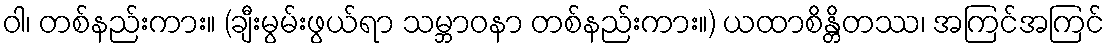
ဝါ၊ တစ်နည်းကား။ (ချီးမွမ်းဖွယ်ရာ သမ္ဘာဝနာ တစ်နည်းကား။) ယထာစိန္တိတဿ၊ အကြင်အကြင်